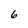
Character: 6